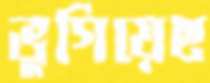
ভুগিয়েছ